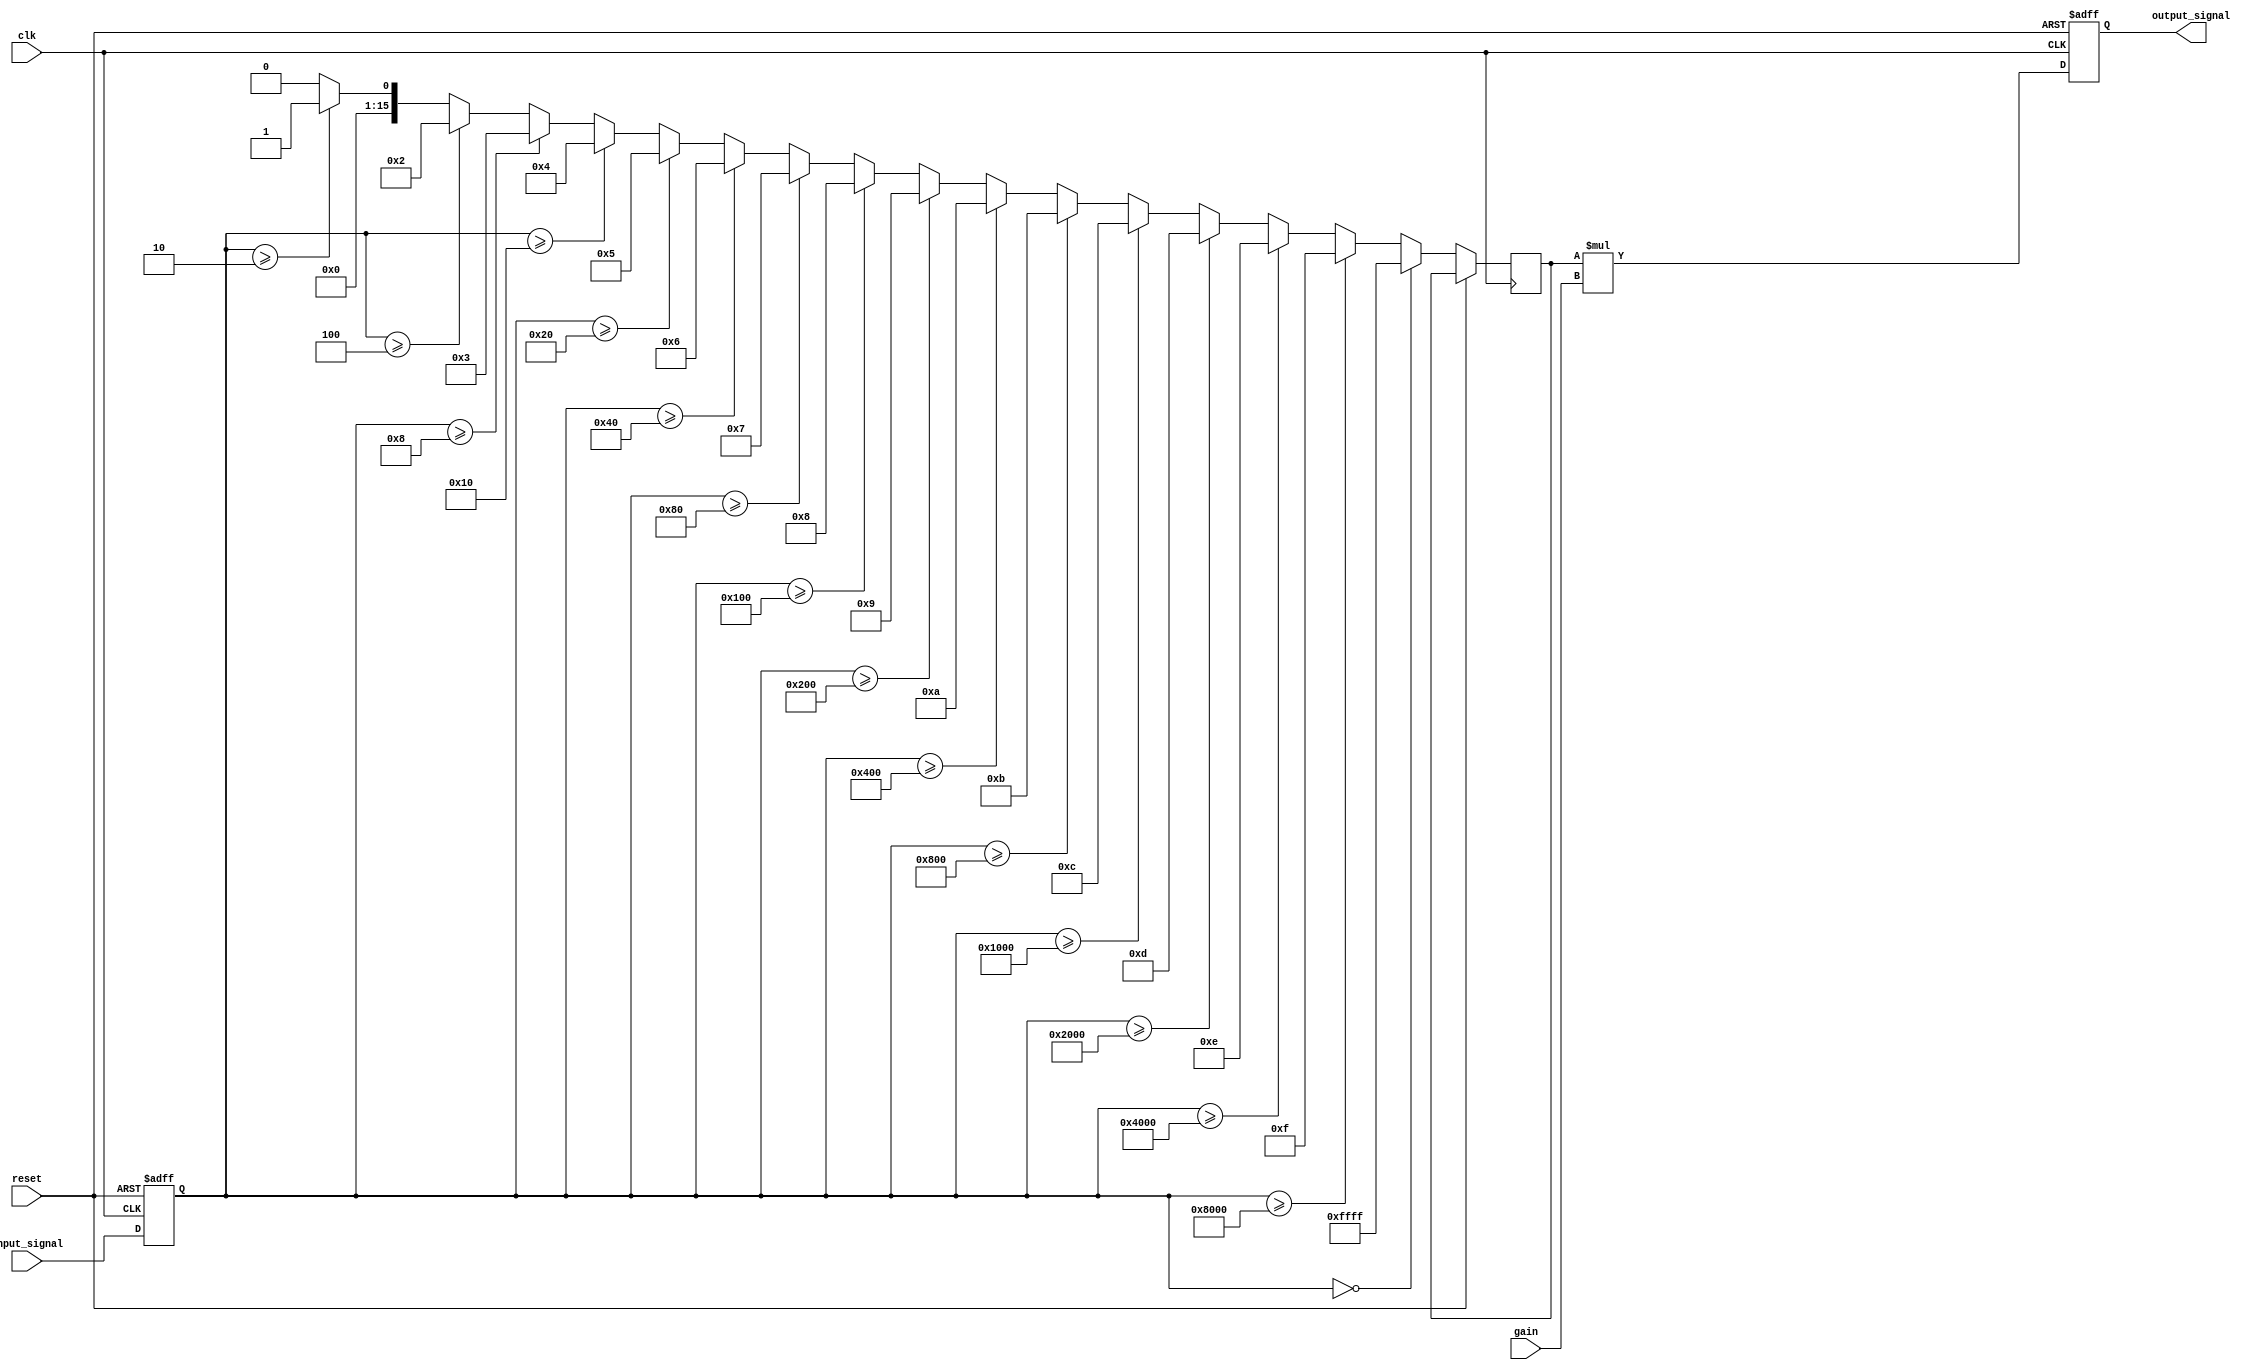
module LogarithmicWaveformGenerator (
    input wire clk,                // Clock signal
    input wire reset,              // Reset signal
    input wire [15:0] input_signal, // Input signal (16-bit)
    input wire [7:0] gain,         // Gain adjustment (8-bit)
    output reg [15:0] output_signal // Output signal (16-bit)
);

    // Parameters
    parameter LOG_BASE = 2;        // Base of the logarithm
    parameter SAMPLE_RATE = 100;    // Sample rate in Hz

    // Internal signals
    reg [15:0] sampled_signal;      // Sampled input signal
    reg [15:0] log_value;           // Logarithmic value
    reg [31:0] scaled_log_value;    // Scaled logarithmic value for gain adjustment

    // Logarithmic calculation using a simple approximation
    function [15:0] log2;
        input [15:0] x;
        integer i;
        begin
            if (x == 0) begin
                log2 = 16'hFFFF; // Return max value for log(0)
            end else begin
                log2 = 0;
                for (i = 0; i < 16; i = i + 1) begin
                    if (x >= (1 << i)) begin
                        log2 = i;
                    end
                end
            end
        end
    endfunction

    // Sampling process
    always @(posedge clk or posedge reset) begin
        if (reset) begin
            sampled_signal <= 16'b0;
            output_signal <= 16'b0;
        end else begin
            // Sample the input signal
            sampled_signal <= input_signal;

            // Calculate logarithmic value
            log_value <= log2(sampled_signal);

            // Scale the logarithmic value with gain
            scaled_log_value = log_value * gain;

            // Output the final signal (ensure it fits in 16 bits)
            output_signal <= scaled_log_value[15:0];
        end
    end

endmodule